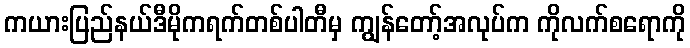
ကယားပြည်နယ်ဒီမိုကရက်တစ်ပါတီမှ ကျွန်တော့်အလုပ်က ကိုလက်စရောကို